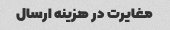
مغایرت در هزینه ارسال